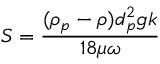
S = \frac { ( \rho _ { p } - \rho ) d _ { p } ^ { 2 } g k } { 1 8 \mu \omega }